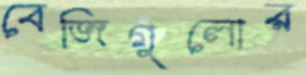
বেজিগুলোর